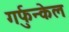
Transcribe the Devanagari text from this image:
गर्फुन्केल